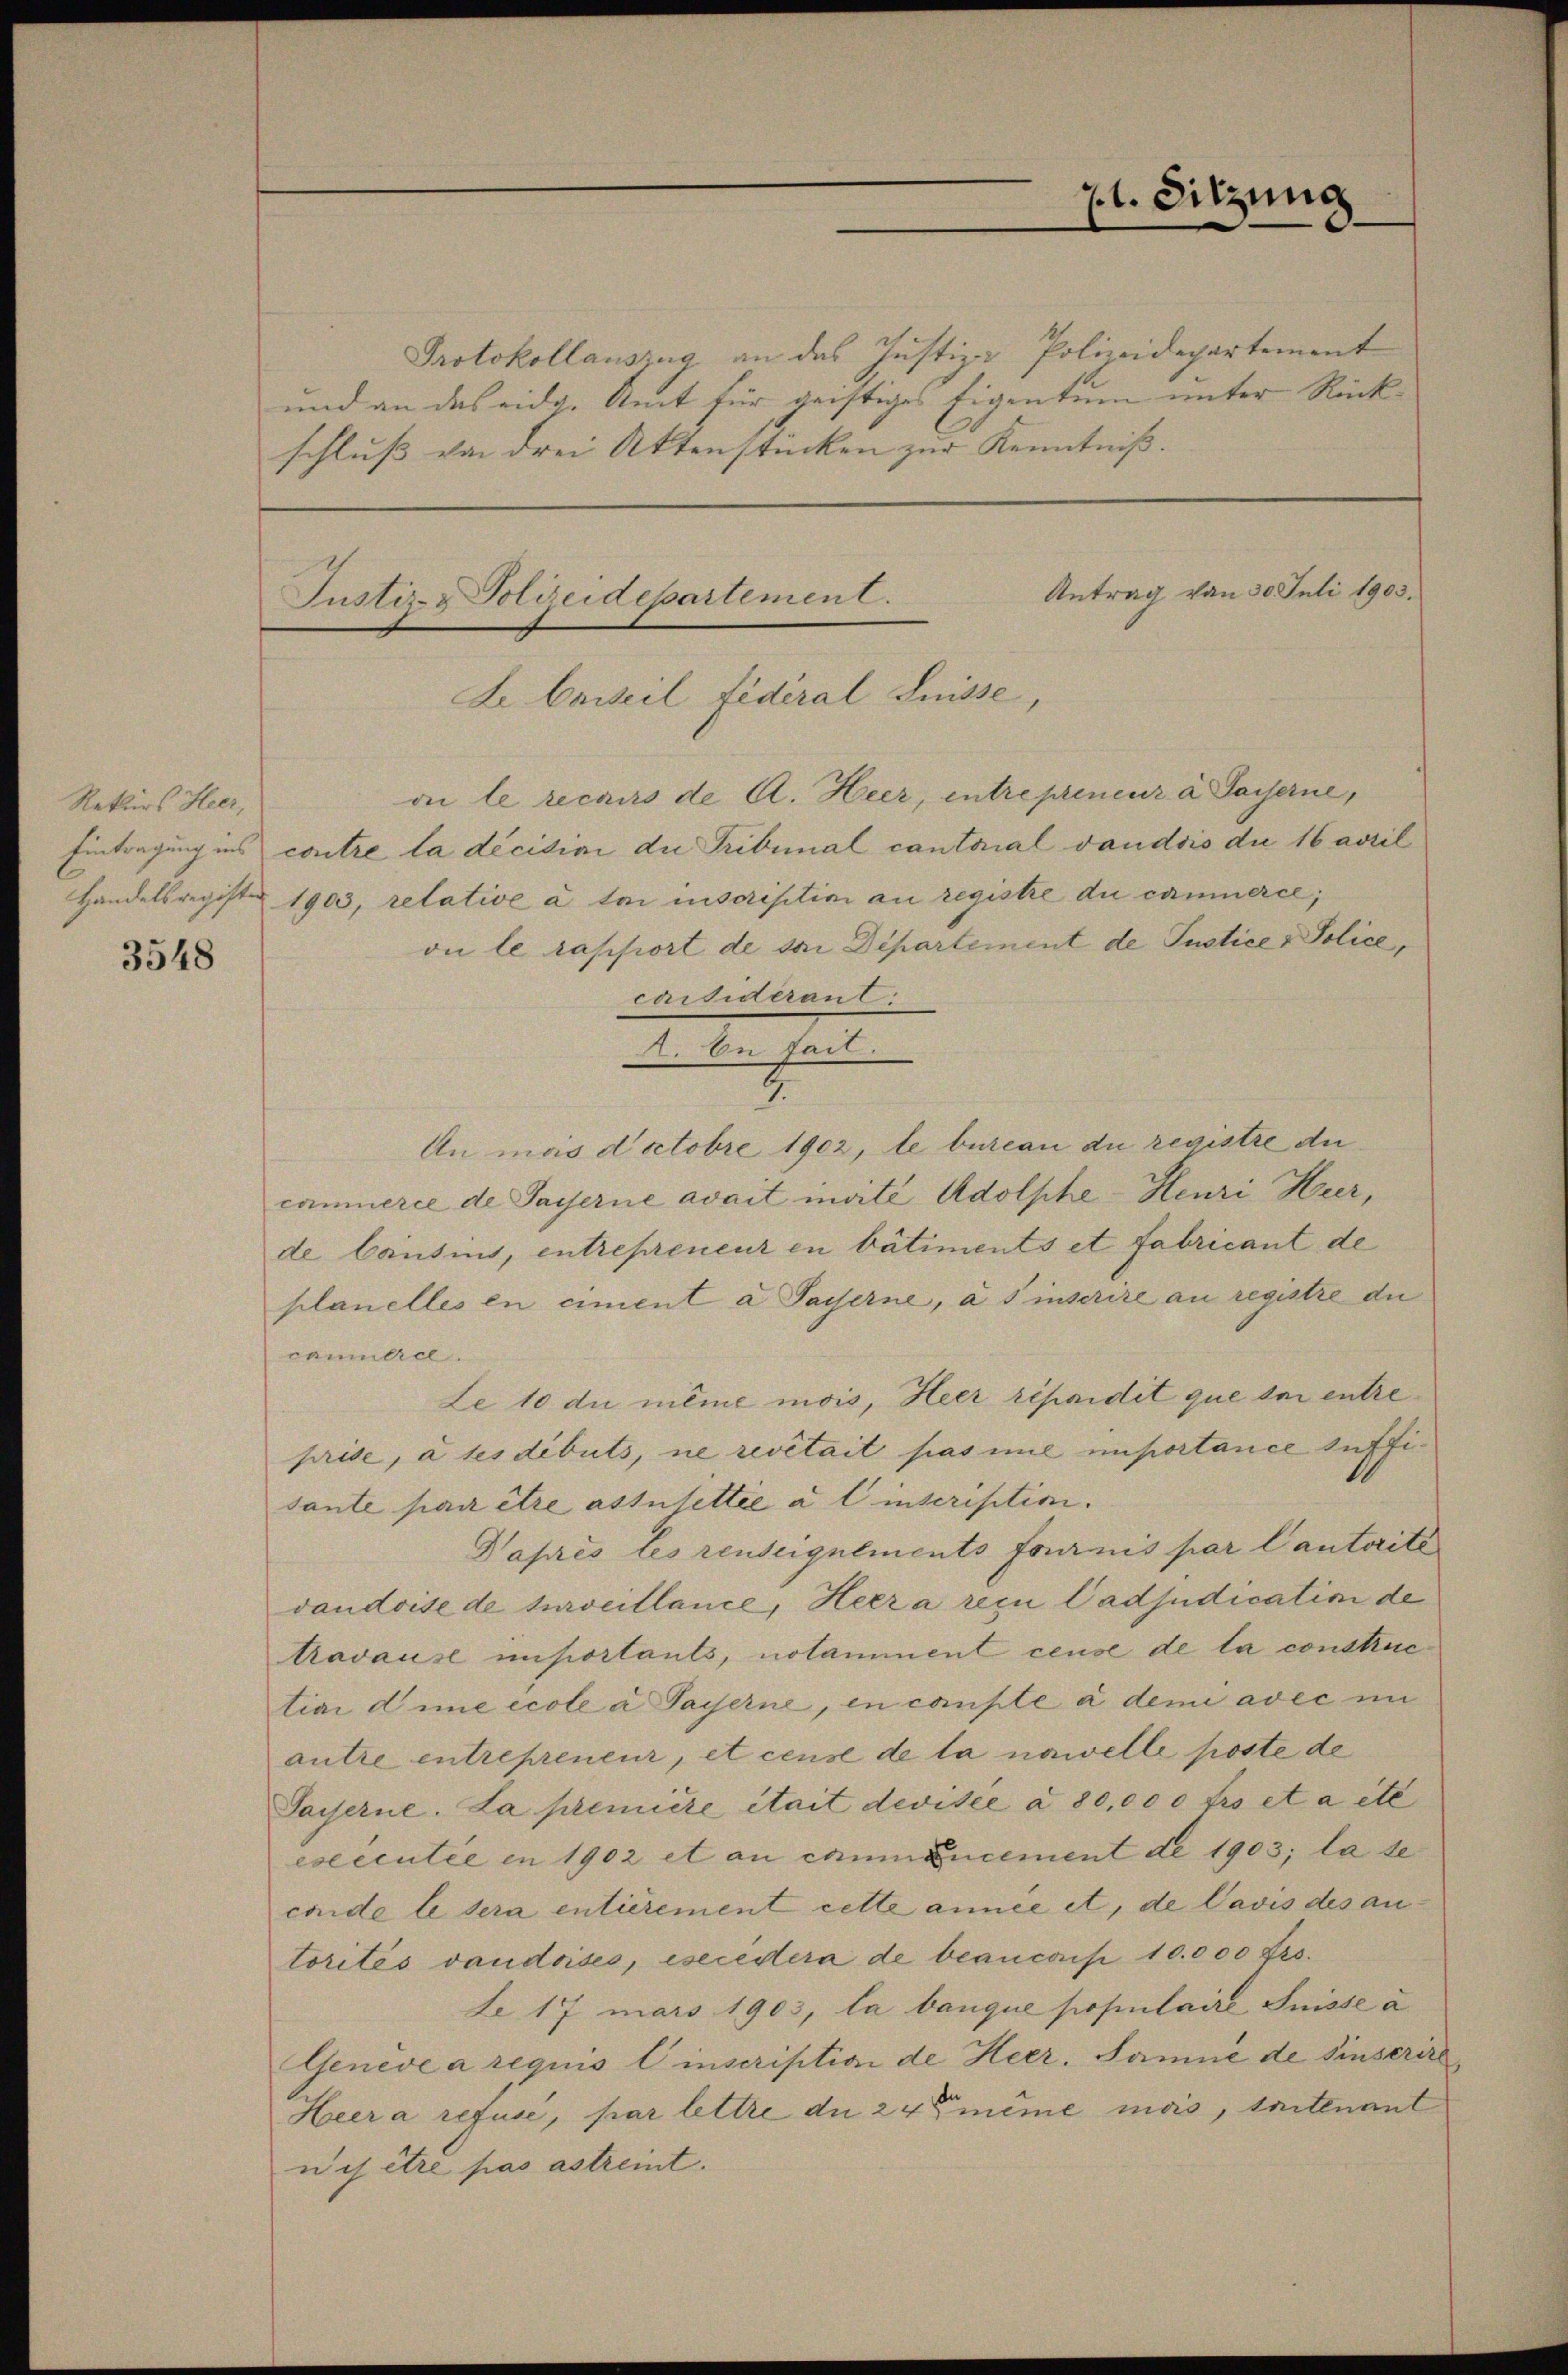
3548

Rekurs Heer,

Justiz & Polizeidepartement.
Le Conseil fédéral Suisse,

carsideranl

. On fait
7.

ai le recours de A. Heer, eintrepreneur à Saiserne,

l. Sitzung

Protokollauszug an das Justiz- Polizeidepartement
und an das eidg. Amt für geistiges Eigentum unter Rückschluß von drei Aktenstücken zur Kenntniß.

Antrag von 30. Juli 1903.

Eintragung ins contre la décisivi die Tribunal cantonal vaudois die 16 april
Handelsregister 1903, retative à lui inscriptini au registre du camnerce,
on le rapport de sei Departement de Justice - Police,
An mas doctobre 1902, le bureau du registre du
camnerce de Payerne avait invite Adolphe-Henri Heer,
de Cousins, entrepreneur in bâtiments et fabricant de
planelles en ciment a Tasserne, à s inscrire an registre die
caumliel.
Le 10 du même mois, Heer repridit que der entreprise, à ses dibuts, ne revitait pas ime importance suffisante par être assujettie a l inscription.
Daprès les renseignements fournis par Cantorité
vaudoise de surveillance, Heera reçu Cadjudication de
travause importants, notamment cense de la constructian dinie école a Payerne, in compte à demi avec in
autre entrepreneur, et censé de la nawelle poste de
Saiserne. La première était devisée à 80,000 frs et a été
eseccutée en 1902 et an connancement de 1903; la se
cende le sera entierement cette année et, de Pavis des antorités vaudoises, esecedera de beancois 10.000 Frs.
L 17 mars 1903, la banque populaire Suisse a
Genève a requis linscription de Heer. Samme de Einserire
Heer a refusé, par lettre du 24t même mas, seitenant
ais être pas astreint.